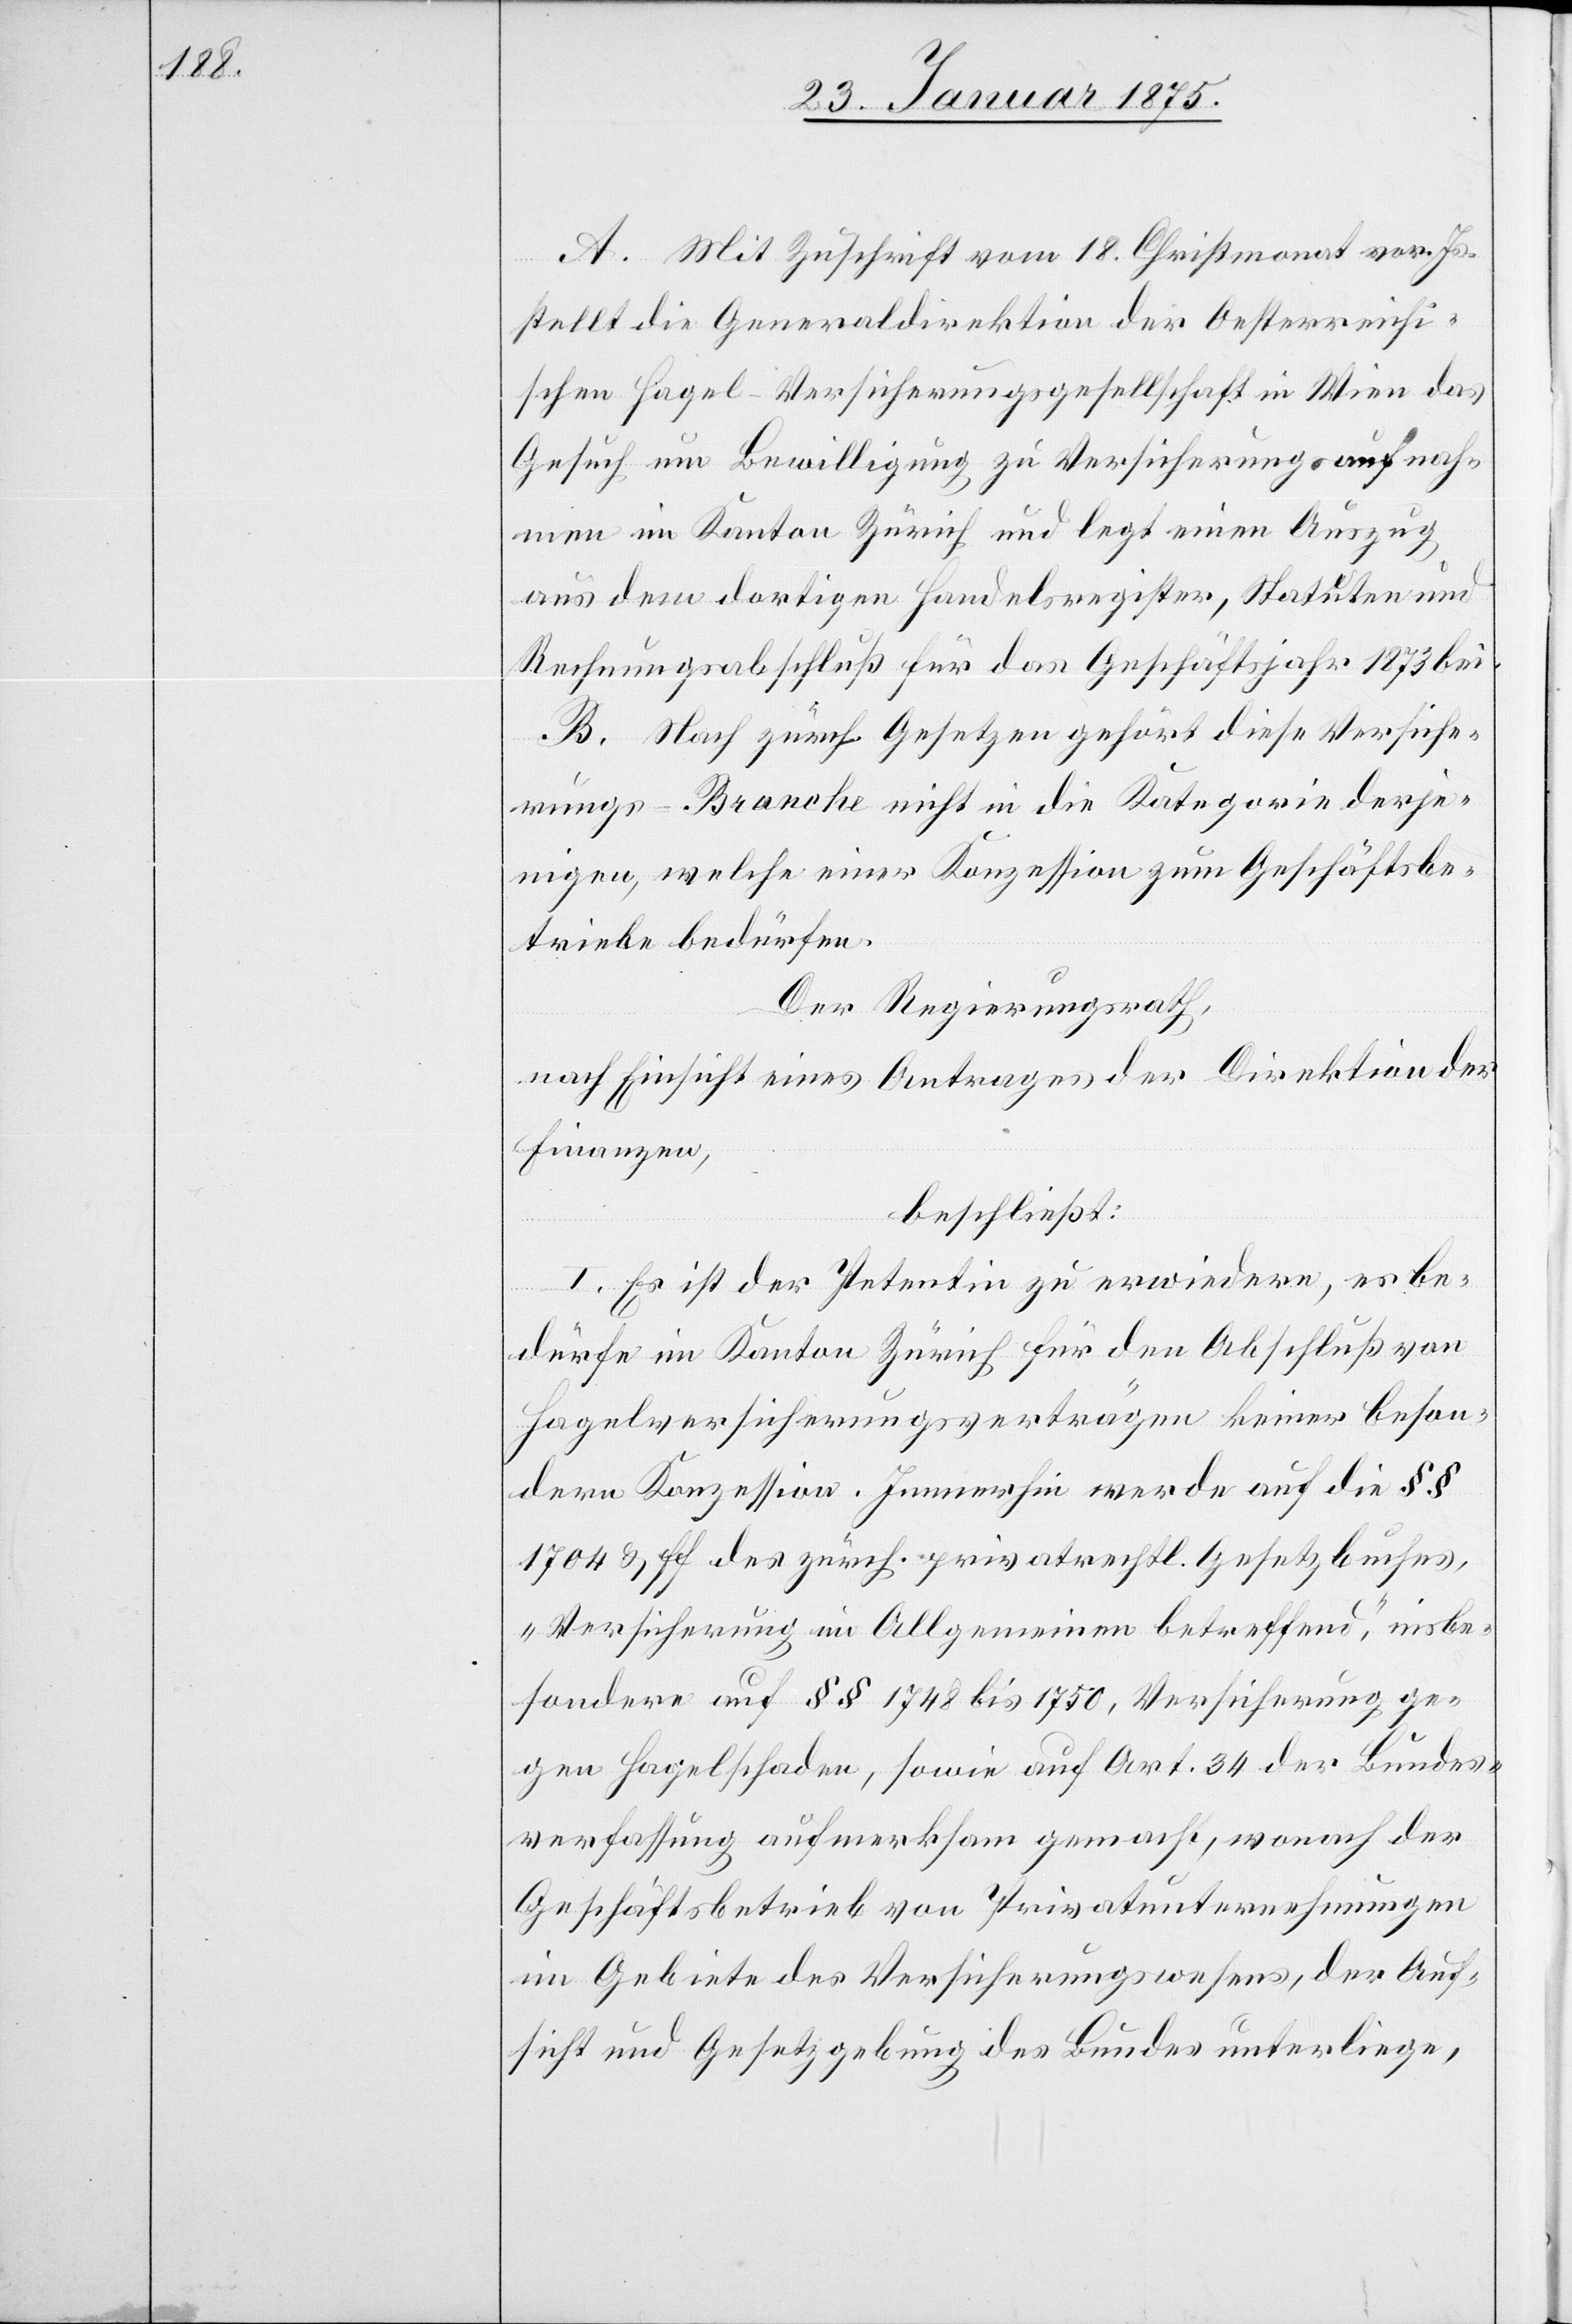
A. Mit Zuschrift vom 18. Christmonat vor. Js.
stellt die Generaldirektion der Oesterreichi¬
schen Hagel-Versicherungsgesellschaft in Wien das
Gesuch um Bewilligung zu Versicherungsaufnah¬
men im Kanton Zürich und legt einen Auszug
aus dem dortigen Handelsregister, Statuten und
Rechnungsabschluß für das Geschäftsjahr 1873 bei.
B. Nach zürch. Gesetzten gehört diese Versiche¬
rungs-Branche nicht in die Kategorie derje¬
nigen, welche einer Konzession zum Geschäftsbe¬
triebe bedürfen.
Der Regierungsrath,
nach Einsicht eines Antrages der Direktion der
Finanzen,
beschließt:
I. Es ist der Petentin zu erwiedern, es be¬
dürfe im Kanton Zürich für den Abschluß von
Hagelversicherungsverträgen keiner beson¬
dern Konzession. Immerhin werde auf die §§
1704 & ff des zürch. privatrechtl. Gesetzbuches,
„Versicherung im Allgemeinen betreffend“, insbe¬
sondere auf §§ 1748 bis 1750, Versicherung ge¬
gen Hagelschaden, sowie auf Art. 34 der Bundes¬
verfassung aufmerksam gemacht, wonach der
Geschäftsbetreib von Privatunternehmungen
im Gebiete des Versicherungswesens, der Auf¬
sicht und Gesetzgebung des Bundes unterliege,